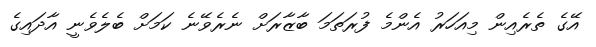
އޭގެ ތެރެއިން މިއަހަރު އެންމެ ފުރަތަމަ ބާޒާރަށް ނެރެވޭނެ ކަމަށް ބެލެވެނީ އާދައިގެ